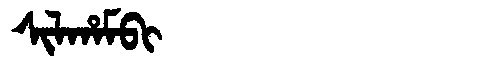
Manchu: ᠰᡳᠯᡥᠠᠮᠪᡳ
Romanization: SILHAMBI